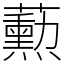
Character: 𬟓